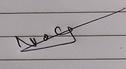
Signature authenticity: genuine